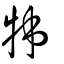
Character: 牬